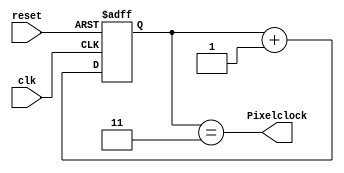
`timescale 1ns / 1ps
//////////////////////////////////////////////////////////////////////////////////
// Company: University of Patras
// 
// Module Name:    freqdiv4 
// Project Name:   iTalos
//
//////////////////////////////////////////////////////////////////////////////////
module freqdiv4(
    input clk,
	 input reset,
    output Pixelclock
    );
	 
	 reg [1:0] count;
	 assign Pixelclock = (count == 3);
	 
	 
	 always @(posedge clk, posedge reset)
	 begin
		if(reset) count <= 0;
		else count <= count+1;
	 end

endmodule